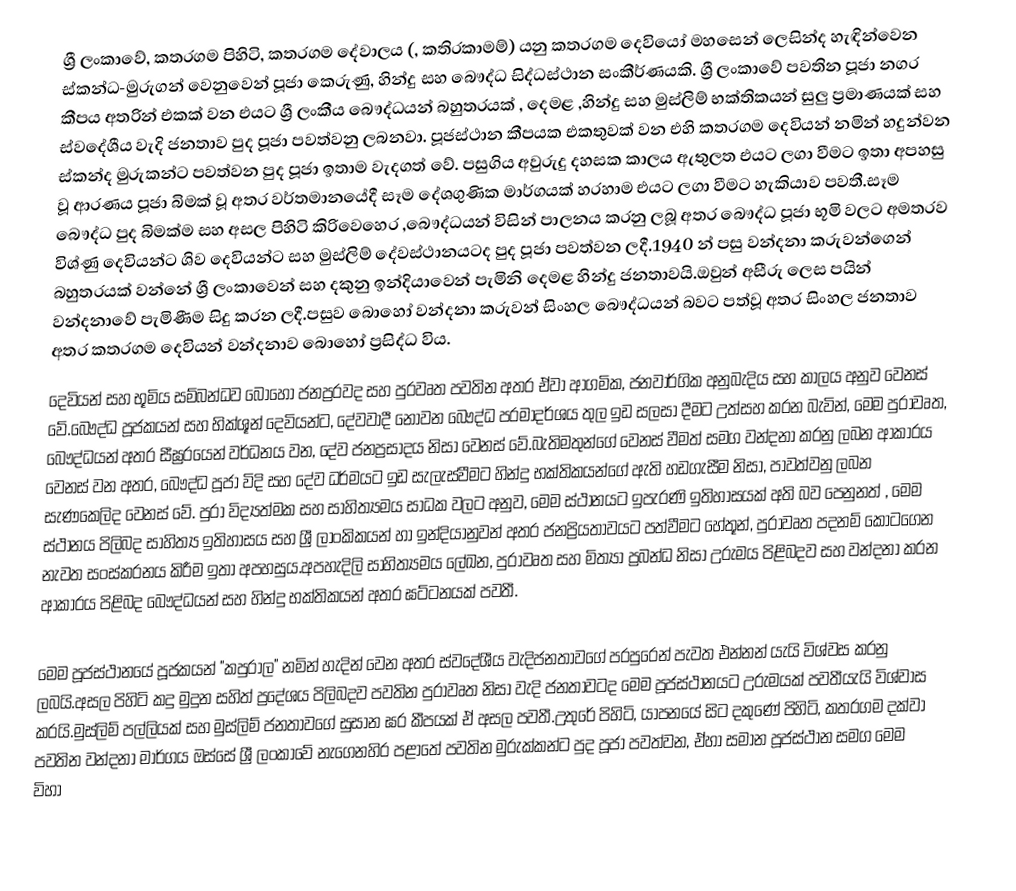
ශ්‍රී ලංකාවේ, කතරගම පිහිටි, කතරගම දේවාලය (,  කතිරකාමම්)  යනු කතරගම දෙවියෝ මහසෙන් ලෙසින්ද හැඳින්වෙන ස්කන්ධ-මුරුගන් වෙනුවෙන් පූජා කෙරුණු,  හින්දු සහ බෞද්ධ සිද්ධස්ථාන සංකීර්ණයකි.  ශ්‍රී ලංකාවේ පවතින පූජා නගර කීපය අතරින් එකක් වන එයට ශ්‍රී ලංකීය බෞද්ධයන් බහුතරයක් , දෙමළ ,හින්දු සහ මුස්ලිම් භක්තිකයන් සුලු ප්‍රමාණයක් සහ ස්වදේශීය වැදි ජනතාව පුද පූජා පවත්වනු ලබනවා. පූජස්ථාන කීපයක එකතුවක් වන එහි කතරගම දෙවියන් නමින් හදුන්වන ස්කන්ද මුරුකන්ට පවත්වන පුද පූජා ඉතාම වැදගත් වේ. පසුගිය අවුරුදු දහසක කාලය ඇතුලත එයට ලගා වීමට ඉතා අපහසු වූ ආරණය පූජා බිමක් වූ අතර වර්තමානයේදී සෑම දේශගුණික මාර්ගයක් හරහාම එයට ලගා වීමට හැකියාව පවතී.සෑම බෞද්ධ පුද බිමක්ම සහ අසල පිහිටි කිරිවෙහෙර ,බෞද්ධයන් විසින් පාලනය කරනු ලබූ අතර බෞද්ධ පූජා භූමි වලට අමතරව විශ්ණු දෙවියන්ට ශිව දෙවියන්ට  සහ මුස්ලිම් දේවස්ථානයටද පුද පූජා පවත්වන ලදී.1940 න් පසු වන්දනා කරුවන්ගෙන් බහුතරයක් වන්නේ ශ්‍රී ලංකාවෙන් සහ දකුනු ඉන්දියාවෙන් පැමිනි දෙමළ හින්දු ජනතාවයි.ඔවුන් අසීරු ලෙස පයින් වන්දනාවේ පැමිණීම සිදු කරන ලදී.පසුව බොහෝ වන්දනා කරුවන් සිංහල බෞද්ධයන් බවට පත්වූ අතර සිංහල ජනතාව අතර කතරගම දෙවියන් වන්දනාව බොහෝ ප්‍රසිද්ධ විය.
දෙවියන් සහ භූමිය සම්බන්ධව බොහෝ ජනප්‍රරවද සහ පුරවෘත පවතින අතර ඒවා ආගමික, ජනවාර්ගික අනුබැදිය සහ කාලය අනුව වෙනස් වේ.බෞද්ධ පූජකයන් සහ භික්ශූන් දෙවියන්ට, දේවවාදී නොවන බෞද්ධ පරමාදර්ශය තුල ඉඩ සලසා දීමට උත්සහ කරන බැවින්, මෙම පුරාවෘත, බෞද්ධයන් අතර සීඝ්‍රරයෙන් වර්ධනය වන, දේව ජනප්‍රසාදය නිසා වෙනස් වේ.බැතිමතුන්ගේ වෙනස් වීමත් සමග වන්දනා කරනු ලබන ආකාරය වෙනස් වන අතර, බෞද්ධ පූජා විදි සහ දේව ධර්මයට ඉඩ සැලැස්වීමට හින්දු භක්තිකයන්ගේ ඇති හඩගැසීම නිසා, පාවත්වනු ලබන සැණකෙලිද වෙනස් වේ. පුරා විද්‍යත්මක සහ සාහිත්‍යමය සාධක වලට අනුව, මෙම ස්ථානයට ඉපැරණි ඉතිහාසයක් අති බව පෙනුනත් , මෙම ස්ථානය පිලිබද සාහිත්‍ය ඉතිහාසය සහ ශ්‍රී ලාංකිකයන් හා ඉන්දියානුවන් අතර ජනප්‍රියතාවයට පත්වීමට හේතූන්, පුරාවෘත පදනම් කොටගෙන නැවත සංස්කරනය කිරීම ඉතා අපහසුය.අපහැදිලි සාහිත්‍යමය  ලේඛන, පුරාවෘත සහ මිත්‍යා ප්‍රබන්ධ නිසා උරුමය පිළිබදව සහ වන්දනා කරන ආකාරය පිළිබද බෞද්ධයන් සහ හින්දු භක්තිකයන් අතර ඝට්ටනයක් පවතී.

මෙම පූජස්ථානයේ පූජකයන් "කපුරාල" නමින් හැදින් වෙන අතර ස්වදේශීය වැදිජනතාවගේ පරපුරෙන් පැවත එන්නන් යැයි විශ්වස කරනු ලබයි.අසල පිහිටි කදු මුදුන සහිත් ප්‍රදේශය පිලිබදව පවතින පුරාවෘත නිසා වැදි ජනතාවටද මෙම පූජස්ථානයට උරුමයක් පවතීයැයි විශ්වාස කරයි.මුස්ලිම් පල්ලියක් සහ මුස්ලිම් ජනතාවගේ සුසාන ඝර කීපයක් ඒ අසල පවතී.උතුරේ පිහිටි, යාපනයේ සිට දකුණේ පිහිටි, කතරගම දක්වා පවතින වන්දනා මාර්ගය ඔස්සේ ශ්‍රී ලංකාවේ නැගෙනහිර පළාතේ පවතින මුරුක්කන්ට පුද පූජා පවත්වන, ඒහා සමාන පූජස්ථාන සමග මෙම විහා